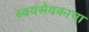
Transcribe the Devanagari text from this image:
स्वयंसेवकाचा